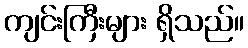
ကျင်းကြီးများ ရှိသည်။